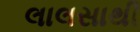
લાલસાથી